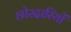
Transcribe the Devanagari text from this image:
छोरदारियों